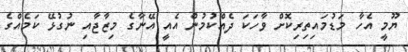
ޔޫމީ އެހާ މަޑުމައިތިރިކޮށް ވާހަކަ ދެއްކުމުން އެއީ އޭނާގެ މިޒާޖާއި ނުގުޅޭ ކަމެއްގެ